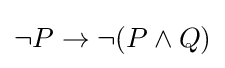
\lnot P\to \lnot (P\land Q)